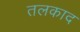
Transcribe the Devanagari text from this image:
तलकाद